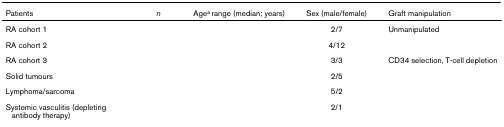
<table><thead><tr><td><b>Patients</b></td><td><b><i>n</i></b></td><td><b>Age<sup>a </sup>range (median; years)</b></td><td><b>Sex (male/female)</b></td><td><b>Graft manipulation</b></td></tr></thead><tbody><tr><td>RA cohort 1</td><td>[EMPTY_CELL]</td><td>[EMPTY_CELL]</td><td>2/7</td><td>Unmanipulated</td></tr><tr><td>RA cohort 2</td><td>[EMPTY_CELL]</td><td>[EMPTY_CELL]</td><td>4/12</td><td>[EMPTY_CELL]</td></tr><tr><td>RA cohort 3</td><td>[EMPTY_CELL]</td><td>[EMPTY_CELL]</td><td>3/3</td><td>CD34 selection, T-cell depletion</td></tr><tr><td>Solid tumours</td><td>[EMPTY_CELL]</td><td>[EMPTY_CELL]</td><td>2/5</td><td>[EMPTY_CELL]</td></tr><tr><td>Lymphoma/sarcoma</td><td>[EMPTY_CELL]</td><td>[EMPTY_CELL]</td><td>5/2</td><td>[EMPTY_CELL]</td></tr><tr><td>Systemic vasculitis (depleting antibody therapy)</td><td>[EMPTY_CELL]</td><td>[EMPTY_CELL]</td><td>2/1</td><td>[EMPTY_CELL]</td></tr></tbody></table>